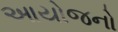
આયોજનો